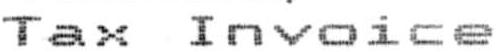
TAX INVOICE